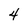
Character: 4